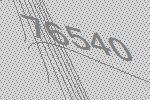
76540